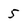
Character: 5